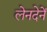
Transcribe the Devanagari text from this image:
लेनदेनें